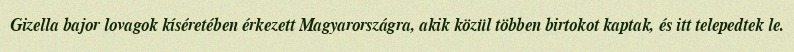
Gizella bajor lovagok kíséretében érkezett Magyarországra, akik közül többen birtokot kaptak, és itt telepedtek le.